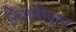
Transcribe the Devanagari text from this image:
निगमीकृत